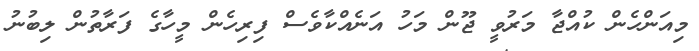
މިއަންހެން ކުއްޖާ މަރުވީ ޖޫން މަހު އަނެއްކާވެސް ފިރިހެން މީހާގެ ފަރާތުން ލިބުނު